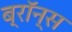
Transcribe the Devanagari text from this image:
ब्रॉन्‍स